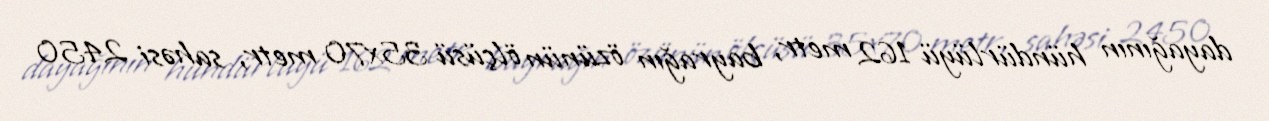
dayağının hündürlüyü 162 metr, bayrağın özünün ölçüsü 35x70 metr, sahəsi 2450